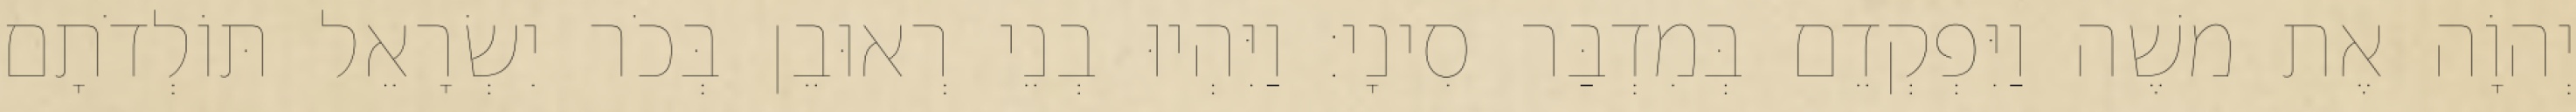
יְהוָֹה אֶת משֶׁה וַיִּפְקְדֵם בְּמִדְבַּר סִינָי׃ וַיִּהְיוּ בְנֵי רְאוּבֵן בְּכֹר יִשְׂרָאֵל תּוֹלְדֹתָם